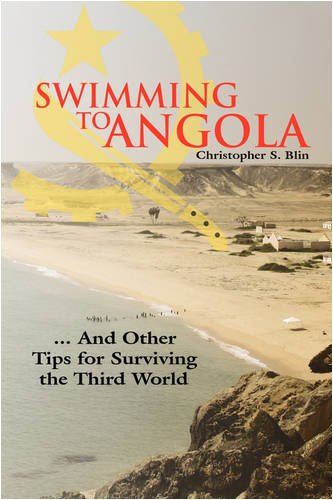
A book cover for Swimming to Angola: ... And Other Tips for Surviving the Third World; Christopher S. Blin; Travel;